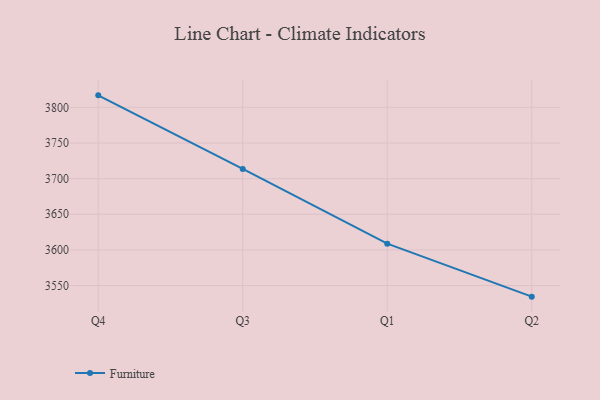
{"axis": {"x": "Quarter", "y": "Production Output"}, "legend": ["Furniture"], "data": [{"x": "Q4", "y": 3816.9, "type": "Furniture"}, {"x": "Q3", "y": 3713.7, "type": "Furniture"}, {"x": "Q1", "y": 3608.8, "type": "Furniture"}, {"x": "Q2", "y": 3534.4, "type": "Furniture"}]}